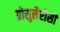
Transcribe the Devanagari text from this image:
ग्रोसुलैरीसी